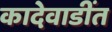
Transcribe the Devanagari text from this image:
कादेवाडींत